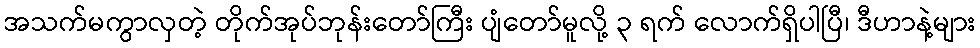
အသက်မကွာလှတဲ့ တိုက်အုပ်ဘုန်းတော်ကြီး ပျံတော်မူလို့ ၃ ရက် လောက်ရှိပါပြီ၊ ဒီဟာနဲ့များ